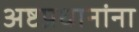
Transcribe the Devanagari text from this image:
अष्टप्रधानांना